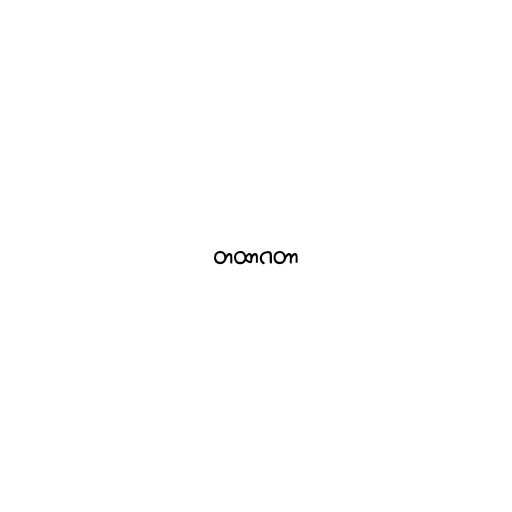
တထာဂတာ